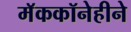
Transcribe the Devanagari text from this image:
मॅककॉनेहीने